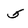
Character: 5